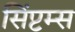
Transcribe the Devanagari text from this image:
सिंप्टम्स